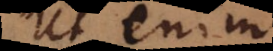
Ut enim